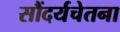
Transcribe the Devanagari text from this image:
सौंदर्यचेतना